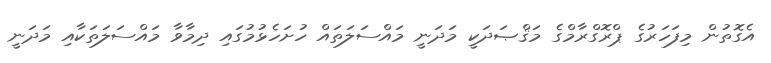
އެގޮތުން މިފަހަރުގެ ޕްރޮގްރާމްގެ މަޤްޞަދަކީ މަދަނީ މައްސަލަތައް ހުށަހެޅުމުގައި ދިމާވާ މައްސަލަތަކާއި މަދަނީ